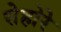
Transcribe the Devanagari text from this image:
सेहोरे